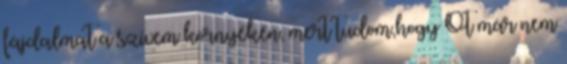
fájdalmat a szívem környékén, mert tudom,hogy Őt már nem